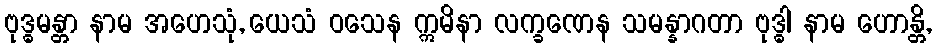
ဗုဒ္ဓမန္တာ နာမ အဟေသုံ, ယေသံ ဝသေန ဣမိနာ လက္ခဏေန သမန္နာဂတာ ဗုဒ္ဓါ နာမ ဟောန္တိ,